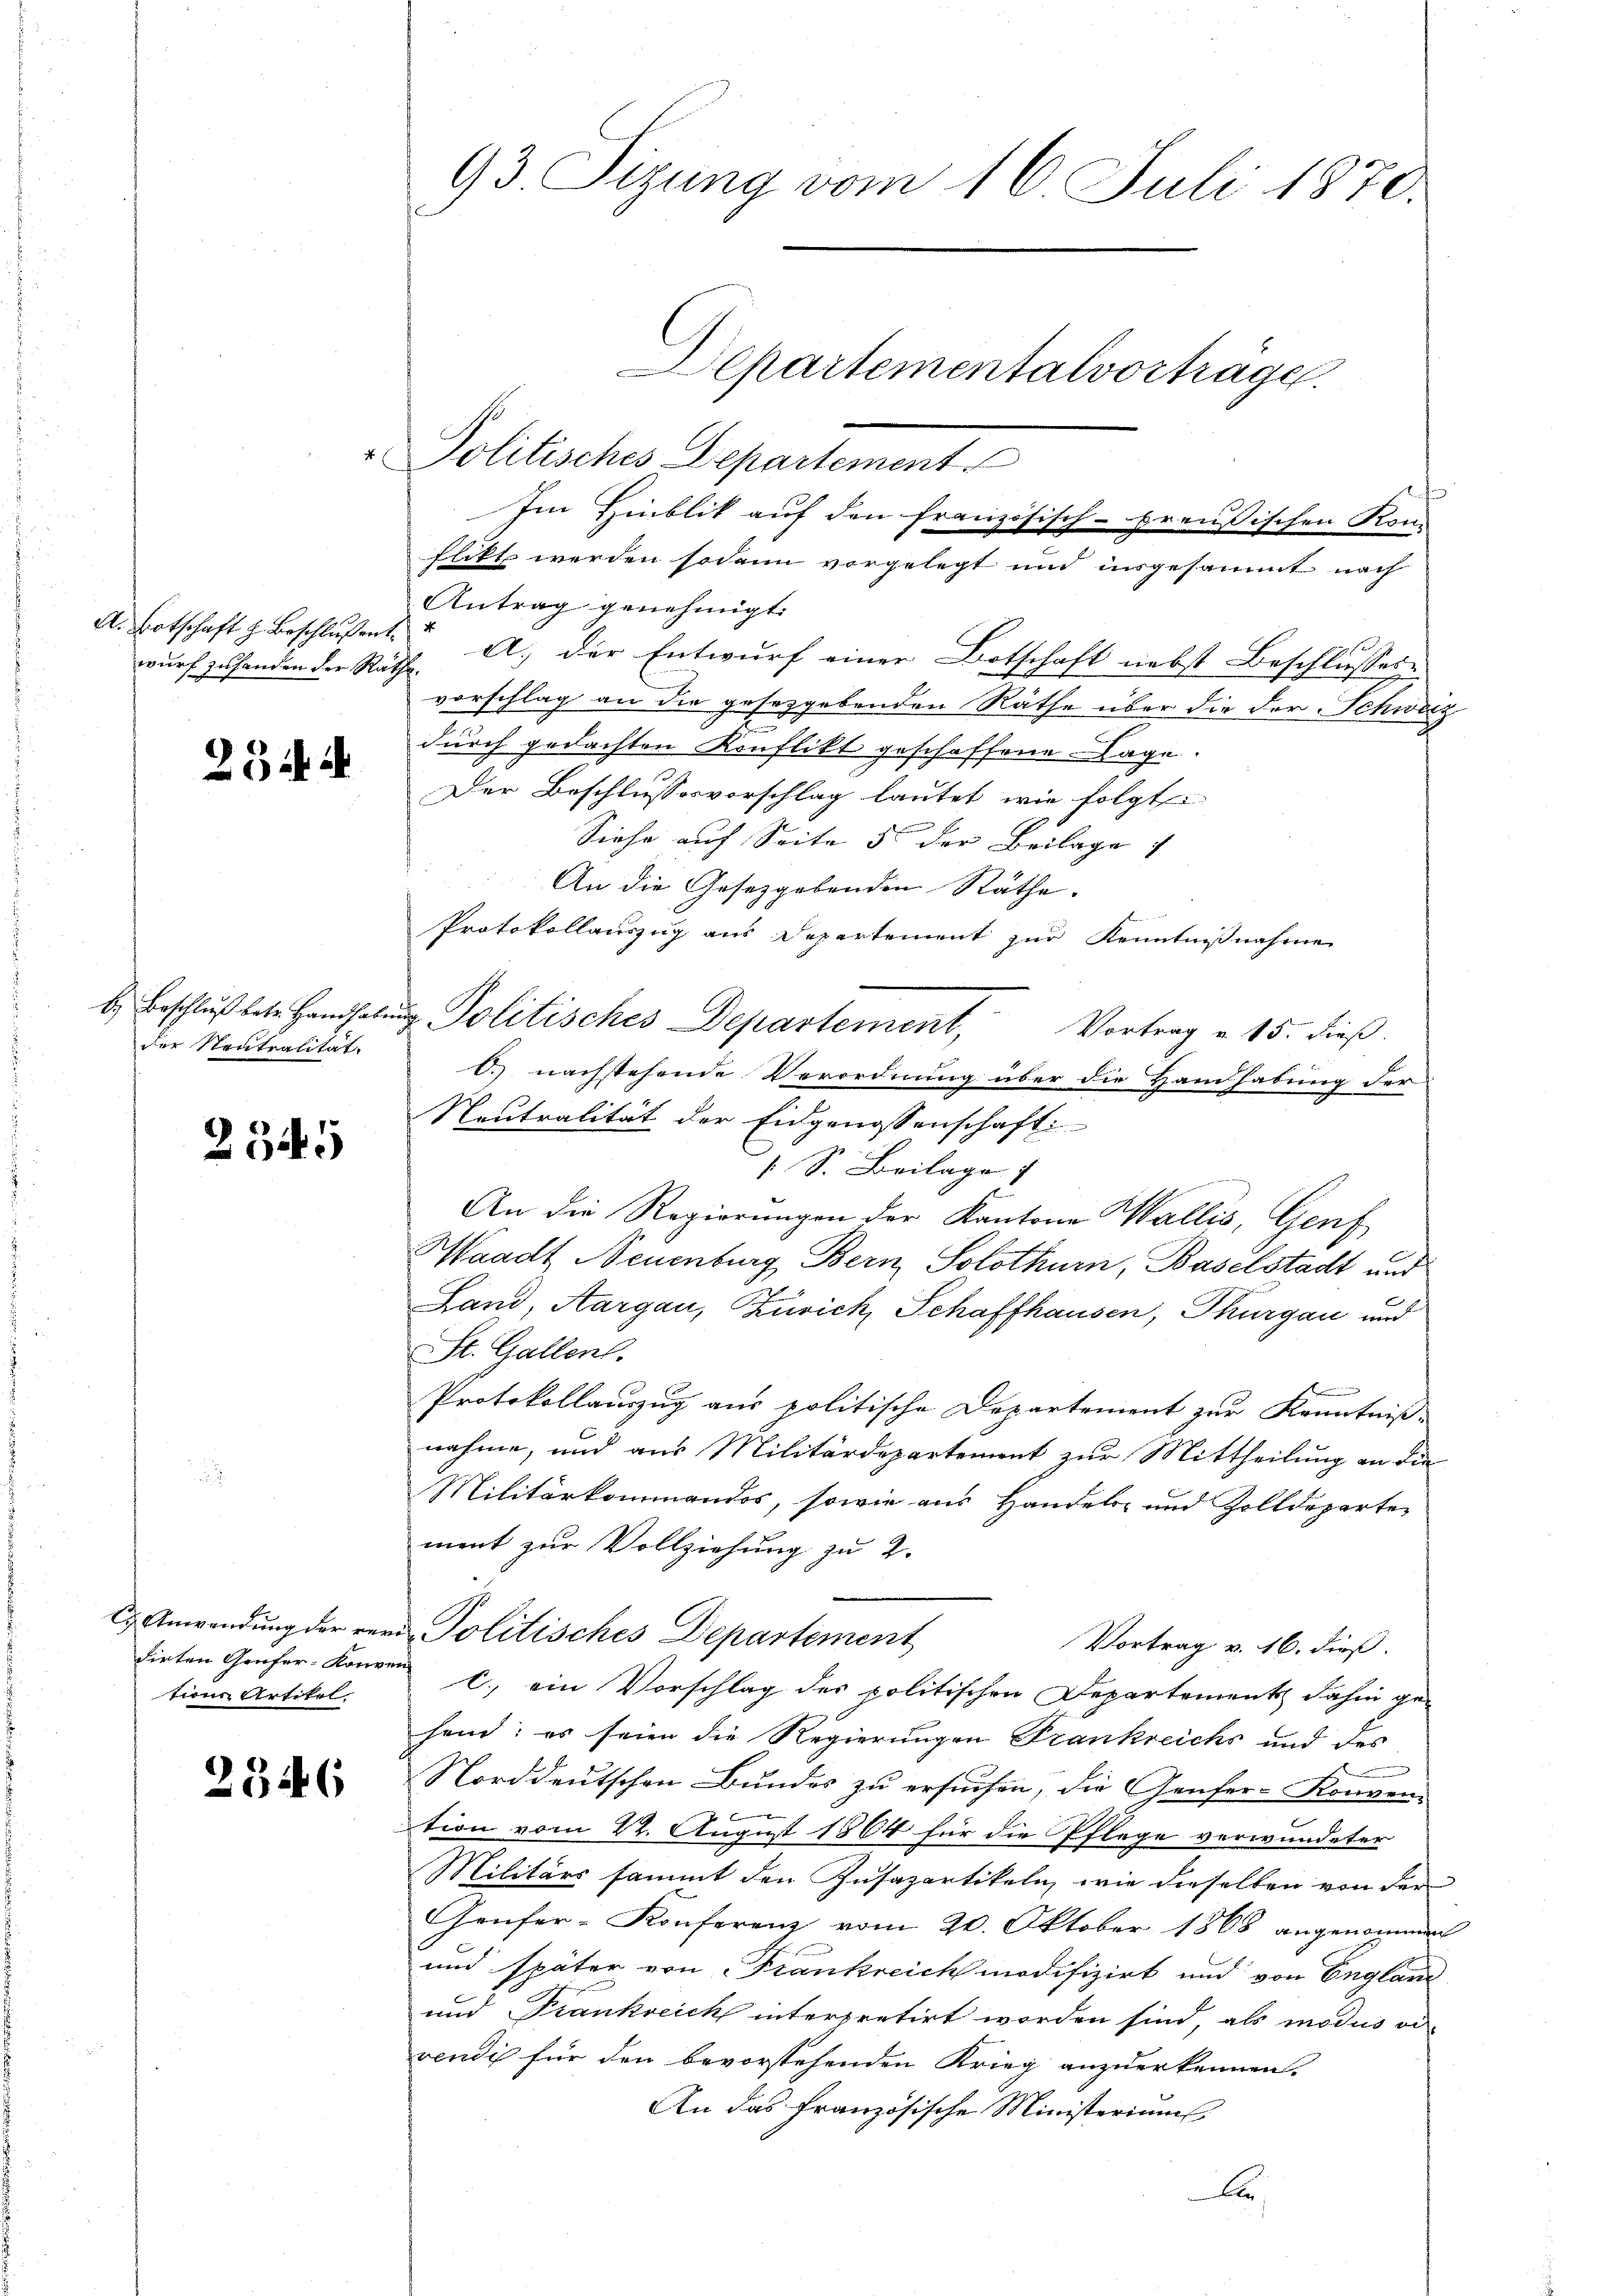
wurf zuhanden der Räthe.

23 in d

der Neutralität.

2345

dirten Genfer-Konven
tion Artikel

2346

Politisches Departement

flikt werden sodann vorgelegt und insgesammt nach
Antrag genehmigt.
e
A. Botschaft z. Beschlussent. A. der Entwurf einer Botschaft nebst Beschliesses
vorschlag an die gesetzgebenden Räthe über die der Schweiz
durch gedachten Konflikt geschaffene Lage.
Der Beschlussesvorschlag lautet wie folgt:
Siehe auf Seite 5 der Beilage
An die Gesetzgebenden Räthe.
Protokollauszug aus Departement zur Kenntnißnahme
b. Beschluß betr. Handhabŭng Politisches Departement, Vortrag v. 15. dieß.
C. nachstehende Verordnung über die Handhabung der
Neutralität der Eidgenossenschaft
 S. Beilage
An die Regierungen der Kantone Wallis, Genf
Waadt, Neuenburg Bern, Solothurn, Baselstadt und
Land, Aargau, Zürich, Schaffhausen, Thurgau und
St. Gallen.
Protokollauszug aus politische Departement zur Kenntniß-
nahme, und aus Militärdepartement zur Mittheilung an die
Militärkommandos, sowie aus Handels- und Zolldeparte
ment zur Vollziehung zu 2.
E Anwendung der rer Politisches Departement
Vortrag v. 16. dieß.
c. ein Vorschlag des politischen Departement dahin ge-
hend; es seien die Regierungen Trankreichs und die
Norddeutschen Bundes zu ersuchen, die Genfer-Konven-

tion vom 22. August 1864 für die Pflege verwundeter
Militärs sammt den Zusazartikeln, wie dieselben von der
Genfer-Konferenz vom 20. Oktober 1868 angenommen
und später von Frankreich modifizirt und von Englanz
und Frankreich interpretirt worden sind, als modus od
vendig für den bevorstehenden Krieg anzuerkennen.
An das französische Ministeriums
A

93 Sizung vom 16. Juli 1870.
Aepartementalvorträge.

Im Hinblik auf den französisch-preussischen Kon